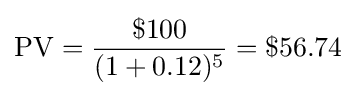
{\rm {PV}}={\frac {\$100}{(1+0.12)^{5}}}=\$56.74